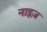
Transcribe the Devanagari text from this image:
नाइज़